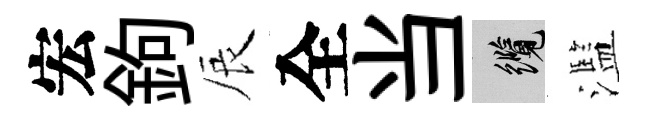
宏鉤辰全当纜濫